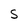
Character: S